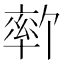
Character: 𫧦